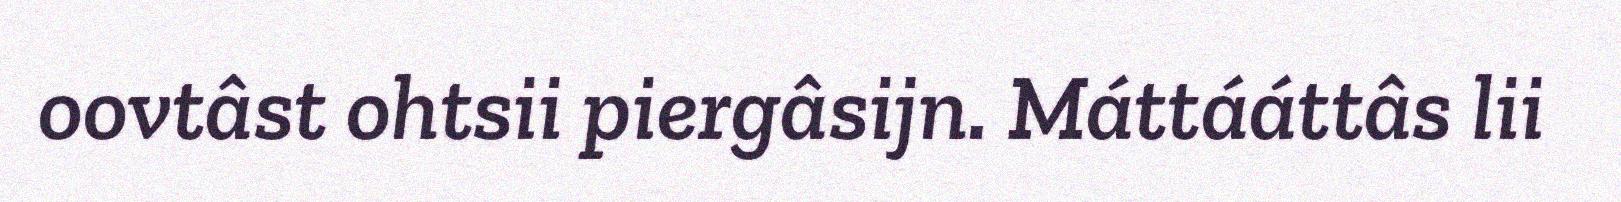
oovtâst ohtsii piergâsijn. Máttááttâs lii